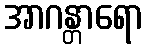
အာဂန္တာရော